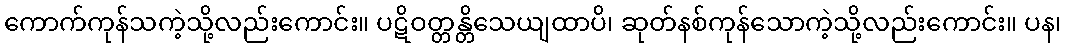
ကောက်ကုန်သကဲ့သို့လည်းကောင်း။ ပဋိဝတ္တန္တိသေယျထာပိ၊ ဆုတ်နစ်ကုန်သောကဲ့သို့လည်းကောင်း။ ပန၊